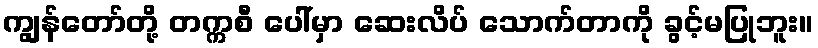
ကျွန်တော်တို့ တက္ကစီ ပေါ်မှာ ဆေးလိပ် သောက်တာကို ခွင့်မပြုဘူး။